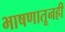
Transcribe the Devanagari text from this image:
भाषणातूनही